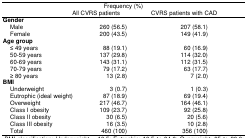
<table><thead><tr><td rowspan="2"></td><td colspan="2"><b>Frequency (%)</b></td></tr><tr><td><b>All CVRS patients</b></td><td><b>CVRS patients with CAD</b></td></tr></thead><tbody><tr><td colspan="3"><b>Gender</b></td></tr><tr><td> Male</td><td>260 (56.5)</td><td>207 (58.1)</td></tr><tr><td> Female</td><td>200 (43.5)</td><td>149 (41.9)</td></tr><tr><td colspan="3"><b>Age group</b></td></tr><tr><td> ≤ 49 years</td><td>88 (19.1)</td><td>60 (16.9)</td></tr><tr><td> 50-59 years</td><td>137 (29.8)</td><td>114 (32.0)</td></tr><tr><td> 60-69 years</td><td>143 (31.1)</td><td>112 (31.5)</td></tr><tr><td> 70-79 years</td><td>79 (17.2)</td><td>63 (17.7)</td></tr><tr><td> ≥ 80 years</td><td>13 (2.8)</td><td>7 (2.0)</td></tr><tr><td colspan="3"><b>BMI</b></td></tr><tr><td> Underweight</td><td>3 (0.7)</td><td>1 (0.3)</td></tr><tr><td> Eutrophic (ideal weight)</td><td>87 (18.9)</td><td>69 (19.4)</td></tr><tr><td> Overweight</td><td>217 (46.7)</td><td>164 (46.1)</td></tr><tr><td> Class I obesity</td><td>109 (23.7)</td><td>92 (25.8)</td></tr><tr><td> Class II obesity</td><td>30 (6.5)</td><td>20 (5.6)</td></tr><tr><td> Class III obesity</td><td>16 (3.5)</td><td>10 (2.8)</td></tr><tr><td> Total</td><td>460 (100)</td><td>356 (100)</td></tr></tbody></table>